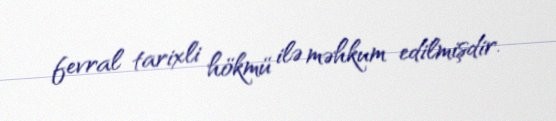
fevral tarixli hökmü ilə məhkum edilmişdir.